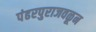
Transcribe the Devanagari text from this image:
पंढरपुराजवळून